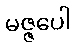
မဇ္ဇပေါ